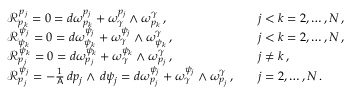
\begin{array} { r l r l } & { \mathcal { R } ^ { p _ { j } } _ { p _ { k } } = 0 = d \omega ^ { p _ { j } } _ { p _ { k } } + \omega ^ { p _ { j } } _ { \gamma } \wedge \omega ^ { \gamma } _ { p _ { k } } \, , } & & { j < k = 2 , \hdots , N \, , } \\ & { \mathcal { R } ^ { \psi _ { j } } _ { \psi _ { k } } = 0 = d \omega ^ { \psi _ { j } } _ { \psi _ { k } } + \omega ^ { \psi _ { j } } _ { \gamma } \wedge \omega ^ { \gamma } _ { \psi _ { k } } \, , } & & { j < k = 2 , \hdots , N \, , } \\ & { \mathcal { R } ^ { \psi _ { k } } _ { p _ { j } } = 0 = d \omega ^ { \psi _ { k } } _ { p _ { j } } + \omega ^ { \psi _ { k } } _ { \gamma } \wedge \omega ^ { \gamma } _ { p _ { j } } \, , } & & { j \neq k \, , } \\ & { \mathcal { R } ^ { \psi _ { j } } _ { p _ { j } } = - \frac { 1 } { \mathsf { A } } \, d p _ { j } \wedge \, d \psi _ { j } = d \omega ^ { \psi _ { j } } _ { p _ { j } } + \omega ^ { \psi _ { j } } _ { \gamma } \wedge \omega ^ { \gamma } _ { p _ { j } } \, , } & & { j = 2 , \hdots , N \, . } \end{array}